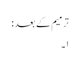
ترمیم کے بعد :
۱۔